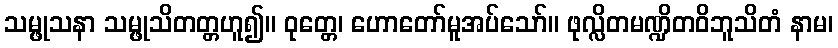
သမ္ဖုသနာ သမ္ဖုသိတတ္တဟူ၍။ ဝုတ္တေ၊ ဟောတော်မူအပ်သော်။ ဖုလ္လိတမဏ္ဍိတဝိဘူသိတံ နာမ၊